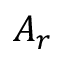
A _ { r }